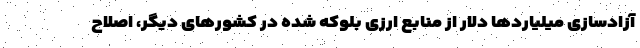
آزادسازی میلیاردها دلار از منابع ارزی بلوکه شده در کشورهای دیگر، اصلاح